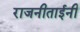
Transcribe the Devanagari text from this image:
राजनीताईनी